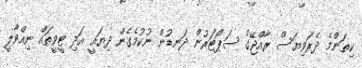
ކިތަންމެ ދެރަވިޔަސް ރާއްޖޭގެ ސަޕޯޓަރުން ދަނޑުން ނުކުމެގެން ދިޔައީ އަދި ޓީވީތައް ނިއްވާލީ